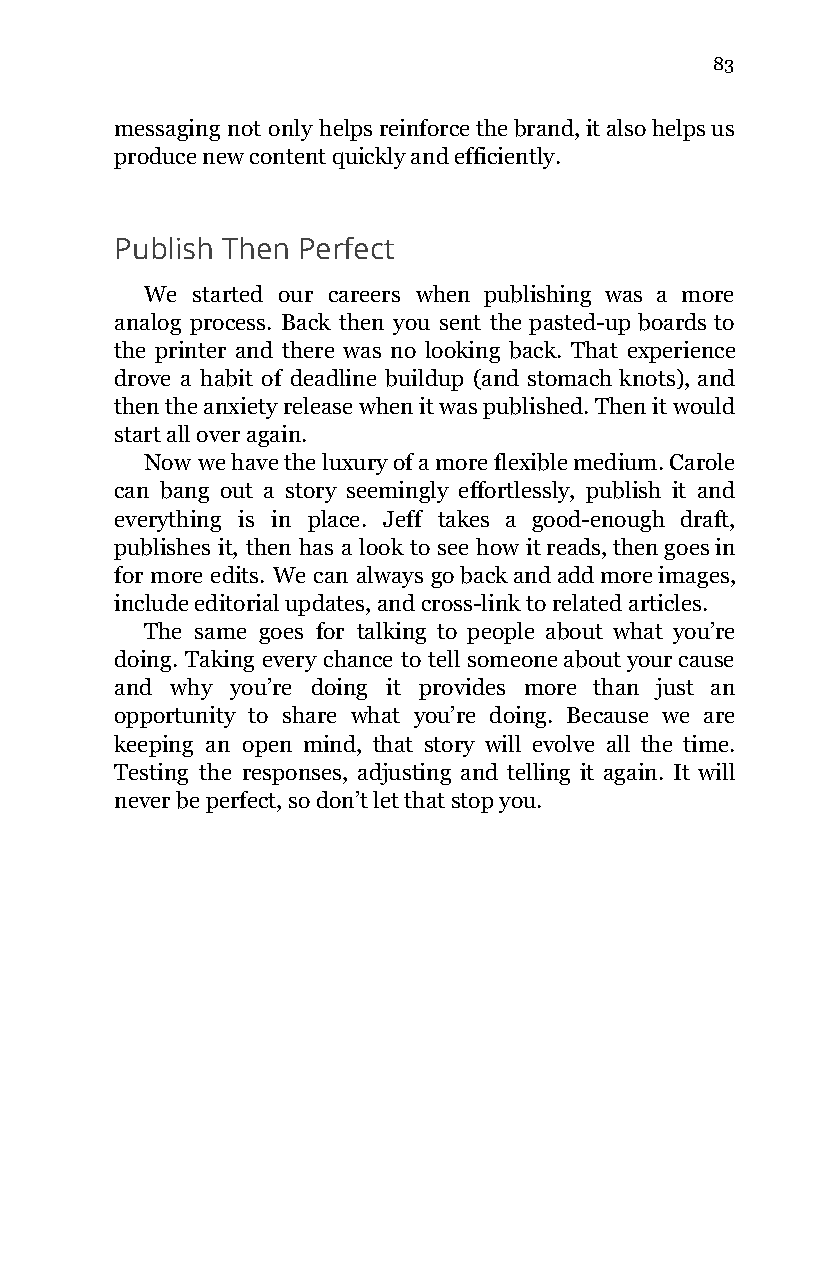
83
 messaging not only helps reinforce the brand, it also helps us
 produce new content quickly and efficiently.
 Publish Then Perfect
 We started our careers when publishing was a more
 analog process. Back then you sent the pasted-up boards to
 the printer and there was no looking back. That experience
 drove a habit of deadline buildup (and stomach knots), and
 then the anxiety release when it was published. Then it would
 start all over again.
 Now we have the luxury of a more flexible medium. Carole
 can bang out a story seemingly effortlessly, publish it and
 everything is in place. Jeff takes a good-enough draft,
 publishes it, then has a look to see how it reads, then goes in
 for more edits. We can always go back and add more images,
 include editorial updates, and cross-link to related articles.
 The same goes for talking to people about what you’re
 doing. Taking every chance to tell someone about your cause
 and why you’re doing it provides more than just an
 opportunity to share what you’re doing. Because we are
 keeping an open mind, that story will evolve all the time.
 Testing the responses, adjusting and telling it again. It will
 never be perfect, so don’t let that stop you.